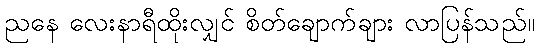
ညနေ လေးနာရီထိုးလျှင် စိတ်ချောက်ချား လာပြန်သည်။